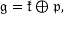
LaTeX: \displaystyle { { \mathfrak { g } } = { \mathfrak { k } } \oplus { \mathfrak { p } } , }